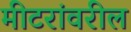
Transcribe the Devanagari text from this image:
मीटरांवरील